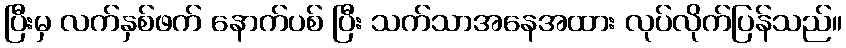
ပြီးမှ လက်နှစ်ဖက် နောက်ပစ် ပြီး သက်သာအနေအထား လုပ်လိုက်ပြန်သည်။